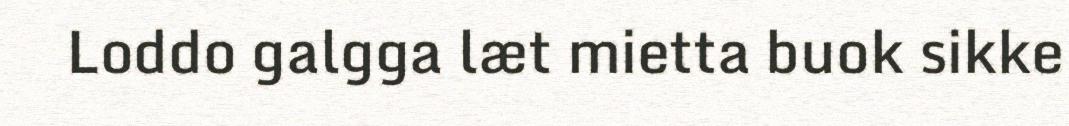
Loddo galgga læt mietta buok sikke